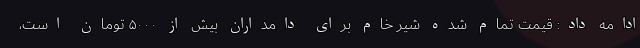
ادامه داد: قیمت تمام شده شیر خام برای دامداران بیش از ۵۰۰۰ تومان است،